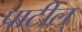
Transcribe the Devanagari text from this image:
पाटील्